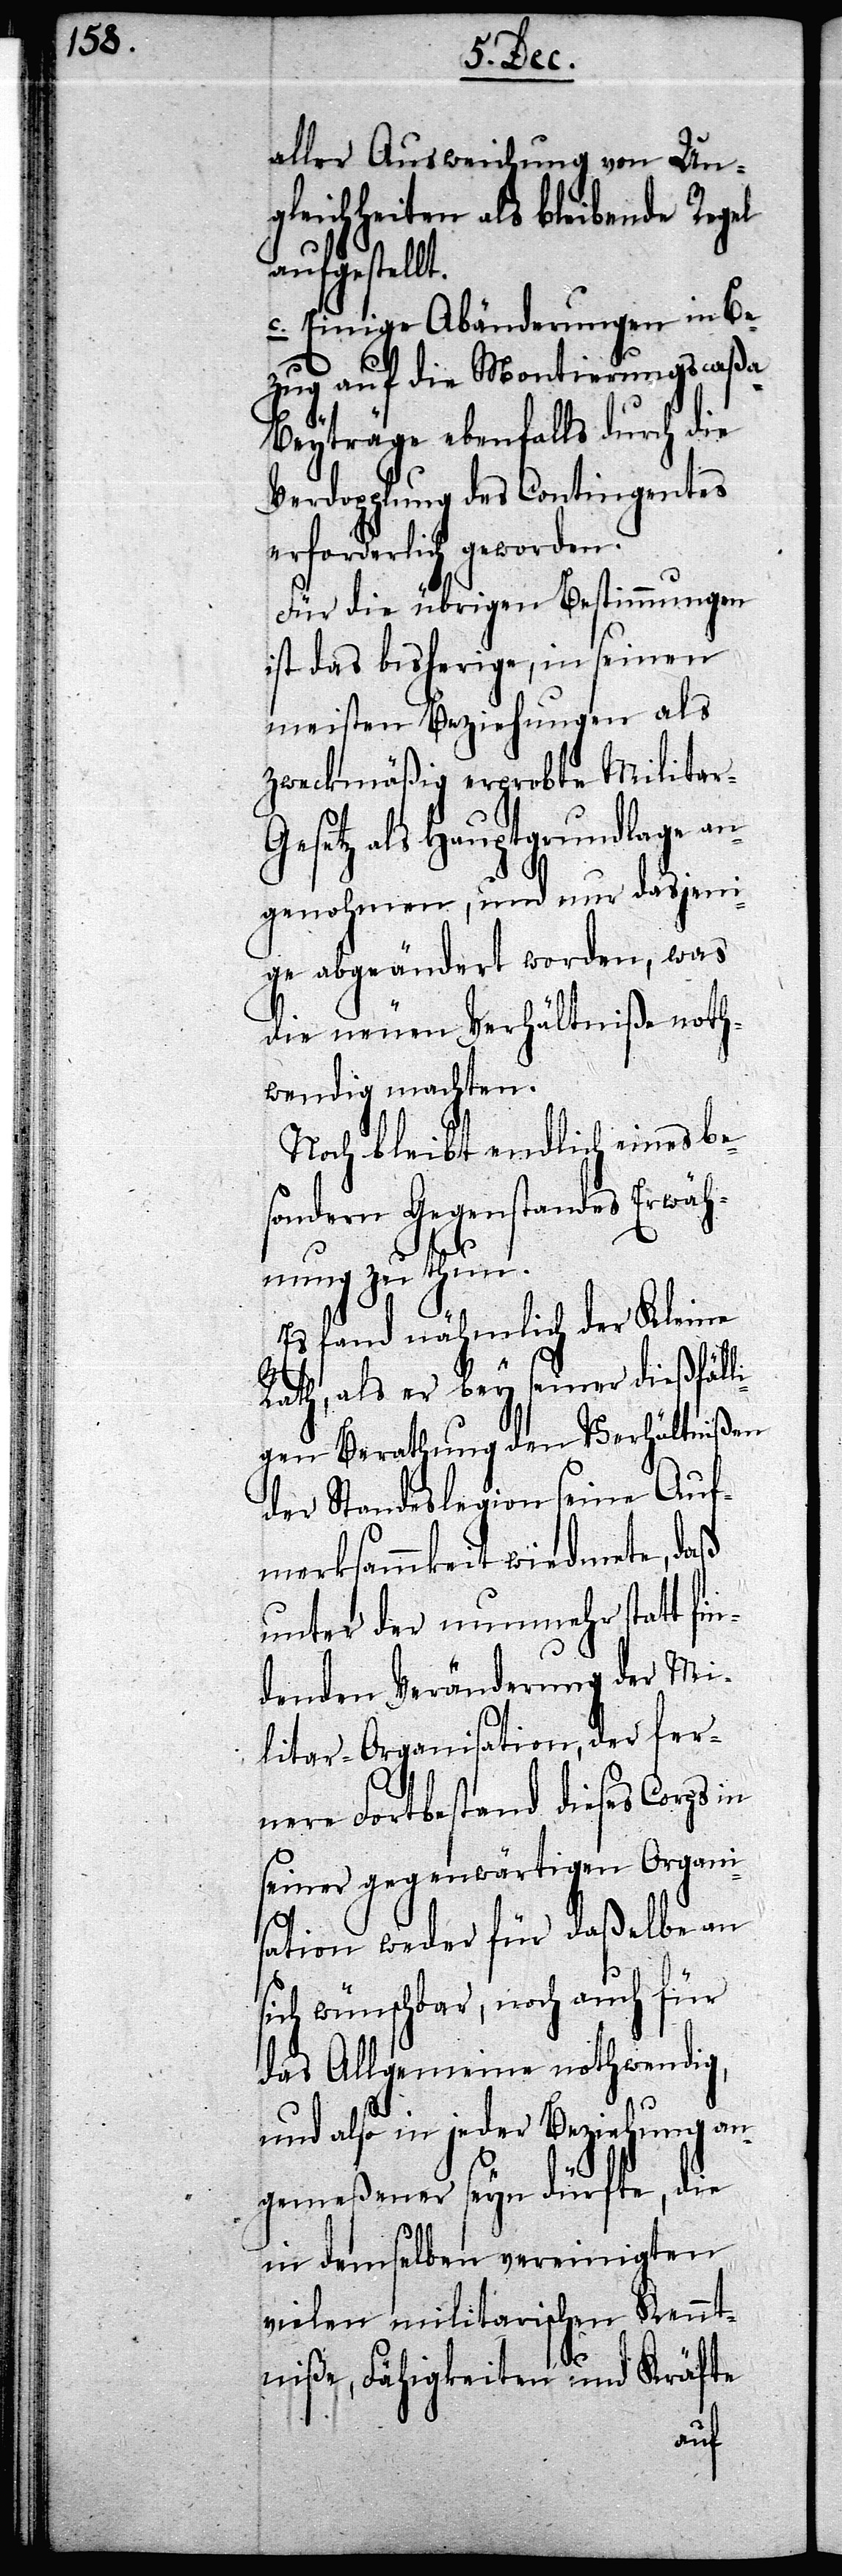
aller Ausweichung von Ung¬
leichheiten als bleibender Regel
aufgestellt.
c. Einige Abänderungen in Be¬
zug auf die Montierungscaß¬
a-Beyträge ebenfalls durch die
Verdopplung des Contingentes
erforderlich geworden.
Für die übrigen Bestimmungen
ist das bisherige, in seinen
meisten Beziehungen als
zweckmäßig erprobte Militar-G¬
esetz als Hauptgrundlage an¬
genohmen, und nur dasjen¬
ige abgeändert worden, was
die neuen Verhältniße noth¬
wendig machten.
Noch bleibt endlich eines be¬
sondern Gegenstandes Erwäh¬
nung zu thun.
Es fand nähmlich der Kleine
Rath, als er bey seiner dießfäll¬
igen Berathung den Verhältnißen
der Standeslegion seine Auf¬
merksamkeit wiedmete, daß
unter der nunmehr statt fin¬
denden Veränderung der Mi¬
litar-Organisation, der fer¬
nere Fortbestand dieses Corps
seiner gegenwärtigen Organi¬
sation weder für daßelbe an
sich wünschbar, noch auch für
das Allgemeine nothwendig,
und also in jeder Beziehung an¬
gemeßener seyn dürfte, die
in demselben vereinigten
vielen militarischen Kennt¬
niße, Fähigkeiten und Kräfte